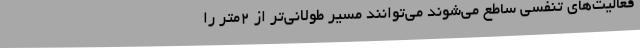
فعالیت‌های تنفسی ساطع می‌شوند می‌توانند مسیر طولانی‌تر از ۲‌متر را